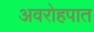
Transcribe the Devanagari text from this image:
अवरोहपात